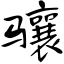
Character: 骧